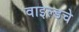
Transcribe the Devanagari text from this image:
वाइल्डचे